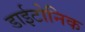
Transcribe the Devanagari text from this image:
डाईटोनिक